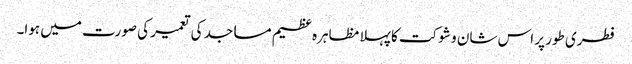
فطری طور پر اس شان و شوکت کا پہلا مظاہرہ عظیم مساجد کی تعمیر کی صورت میں ہوا۔